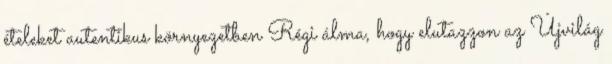
ételeket autentikus környezetben Régi álma, hogy elutazzon az Újvilág